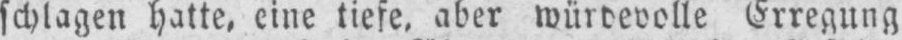
schlagen hatte, eine liefe, aber würdevolle Erregung